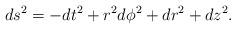
LaTeX: \begin{align*}ds^2 = -dt^2 + r^2 d \phi^2 + dr^2 + dz^2. \end{align*}